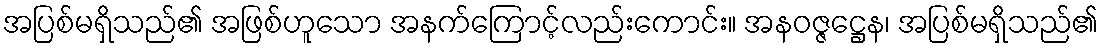
အပြစ်မရှိသည်၏ အဖြစ်ဟူသော အနက်ကြောင့်လည်းကောင်း။ အနဝဇ္ဇဋ္ဌေန၊ အပြစ်မရှိသည်၏